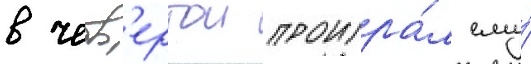
в четв'ертои проигра́л ему́